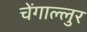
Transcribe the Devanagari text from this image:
चेंगाल्लुर